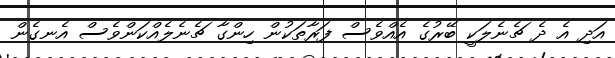
އަދި އެ ދެ ޗެނެލަކީ ބޭރުގެ އެއްވެސް ފަރާތަކުން ހިންގާ ޗެނެލެއްކަންވެސް އެނގެން